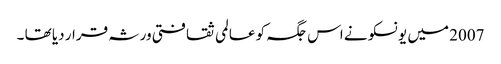
2007 میں یونسکو نے اس جگہ کو عالمی ثقافتی ورثہ قرار دیا تھا ۔